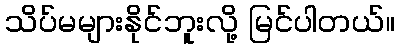
သိပ်မများနိုင်ဘူးလို့ မြင်ပါတယ်။